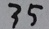
3 5